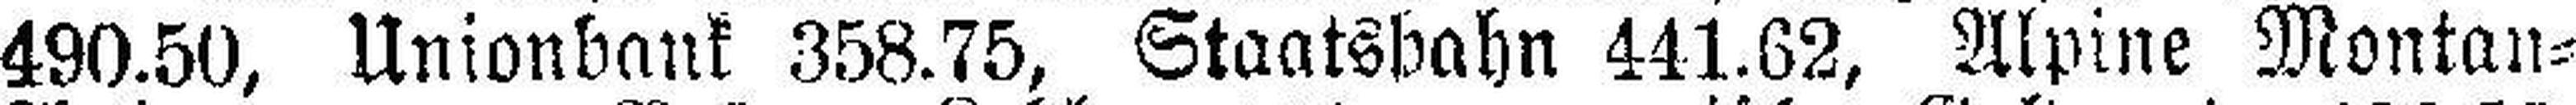
490.50, Unionbank 358.75, Staatsbahn 441.62, Alpine Montan=